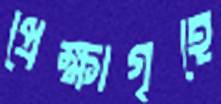
প্রেক্ষাগৃহে